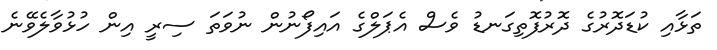
ތަޅާއި ކުޑަދޮރުގެ ދޮރުފޮތިގަނޑު ވެސް އެޕަލްގެ އައިފޯނުން ނުވަތަ ސިރީ އިން ހުޅުވާލެވޭނެ